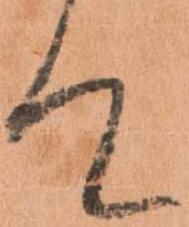
て